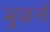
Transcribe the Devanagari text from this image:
भुवने